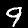
Label: 9